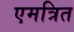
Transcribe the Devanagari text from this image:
एमत्रित